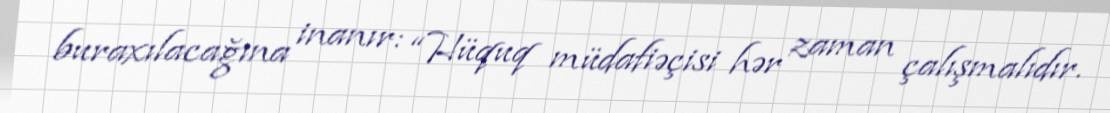
buraxılacağına inanır: “Hüquq müdafiəçisi hər zaman çalışmalıdır.